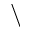
\backslash